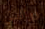
ووالدتي